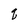
Character: q